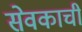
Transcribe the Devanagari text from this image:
सेवकाची